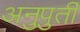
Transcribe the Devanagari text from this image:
अनुपुर्ती